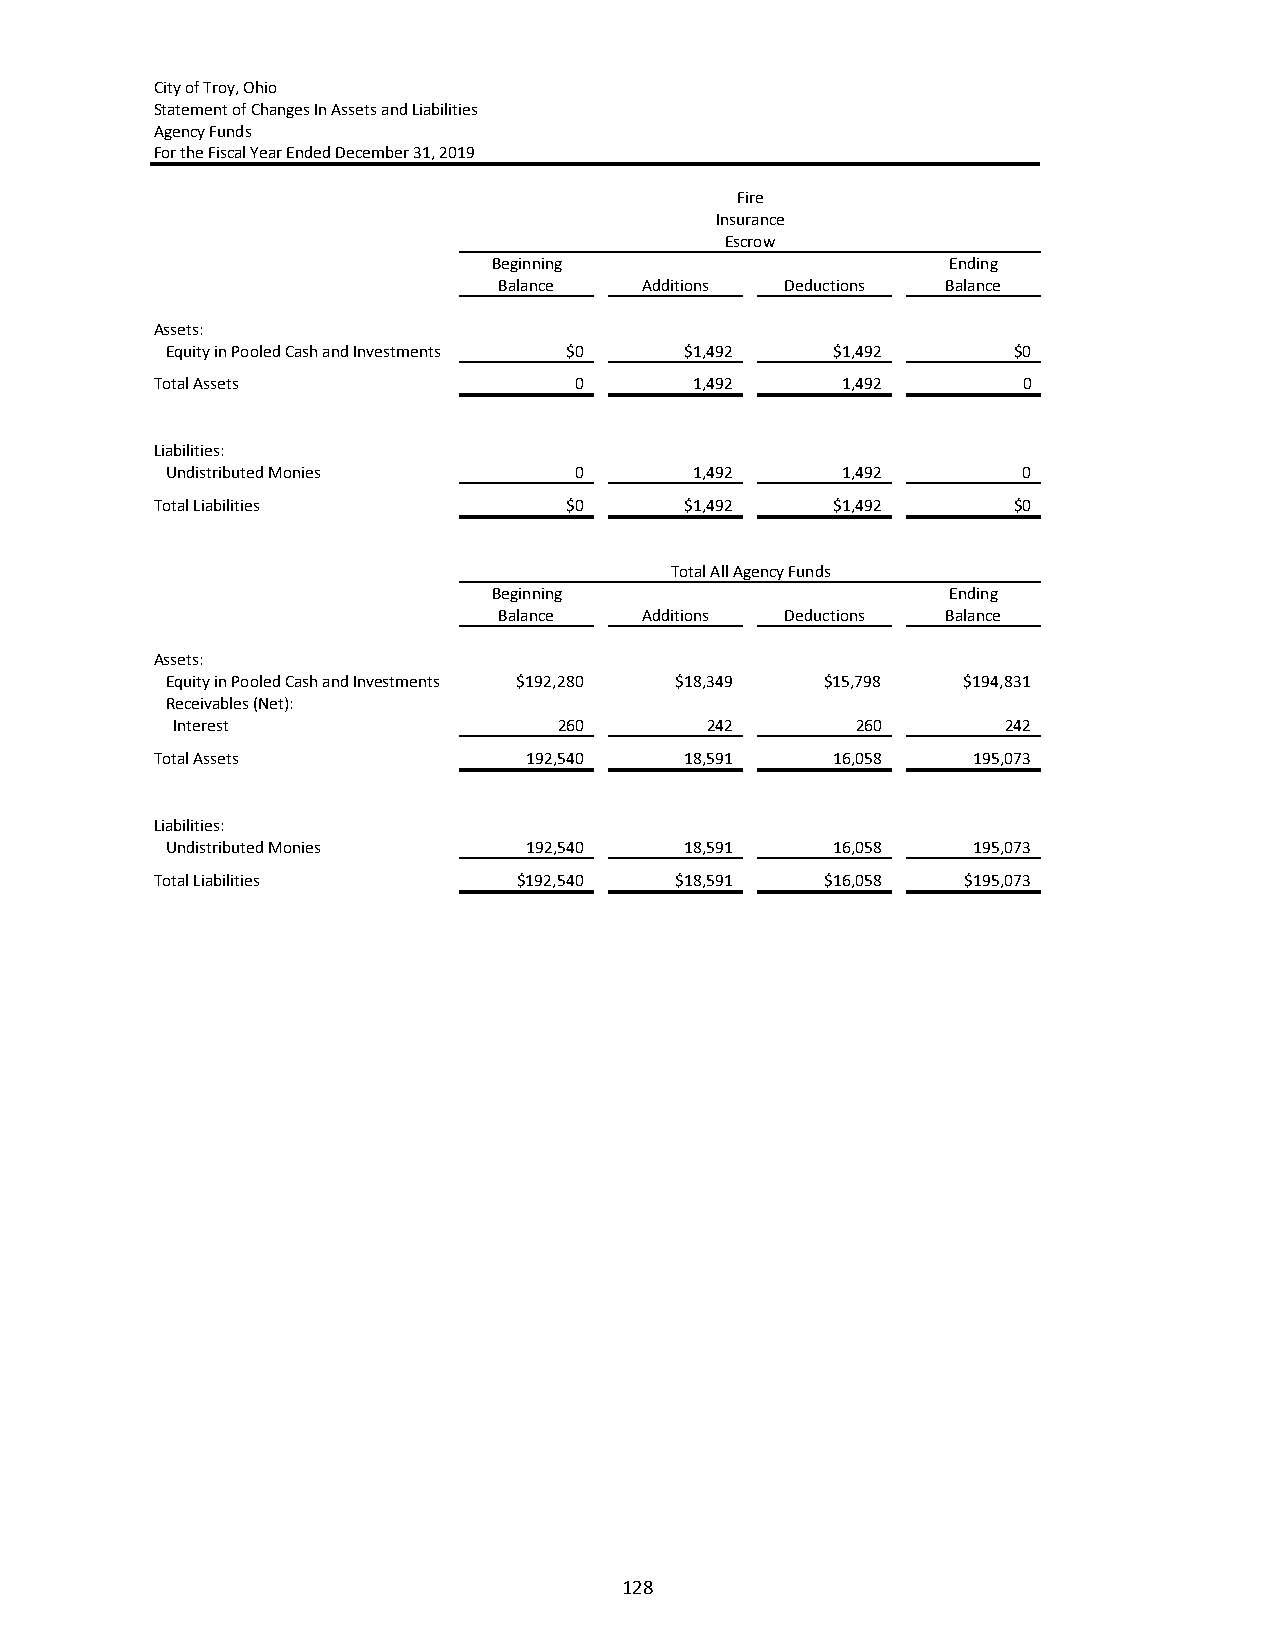
City of Troy, Ohio
 Statement of Changes In Assets and Liabilities
 Agency Funds
 For the Fiscal Year Ended December 31, 2019
 Fire
 Insurance
 Escrow
 Beginning                     Ending
 Balance   Additions Deductions Balance
 Assets:
 Equity in Pooled Cash and Investments $0 $1,492 $1,492  $0
 Total Assets                0       1,492     1,492       0
 Liabilities:
 Undistributed Monies       0       1,492     1,492       0
 Total Liabilities           $0     $1,492    $1,492      $0
 Total All Agency Funds
 Beginning                     Ending
 Balance   Additions Deductions Balance
 Assets:
 Equity in Pooled Cash and Investments $192,280 $18,349 $15,798 $194,831
 Receivables (Net):
 Interest                  260       242       260       242
 Total Assets             192,540   18,591    16,058   195,073
 Liabilities:
 Undistributed Monies    192,540   18,591    16,058   195,073
 Total Liabilities       $192,540   $18,591   $16,058  $195,073
 128